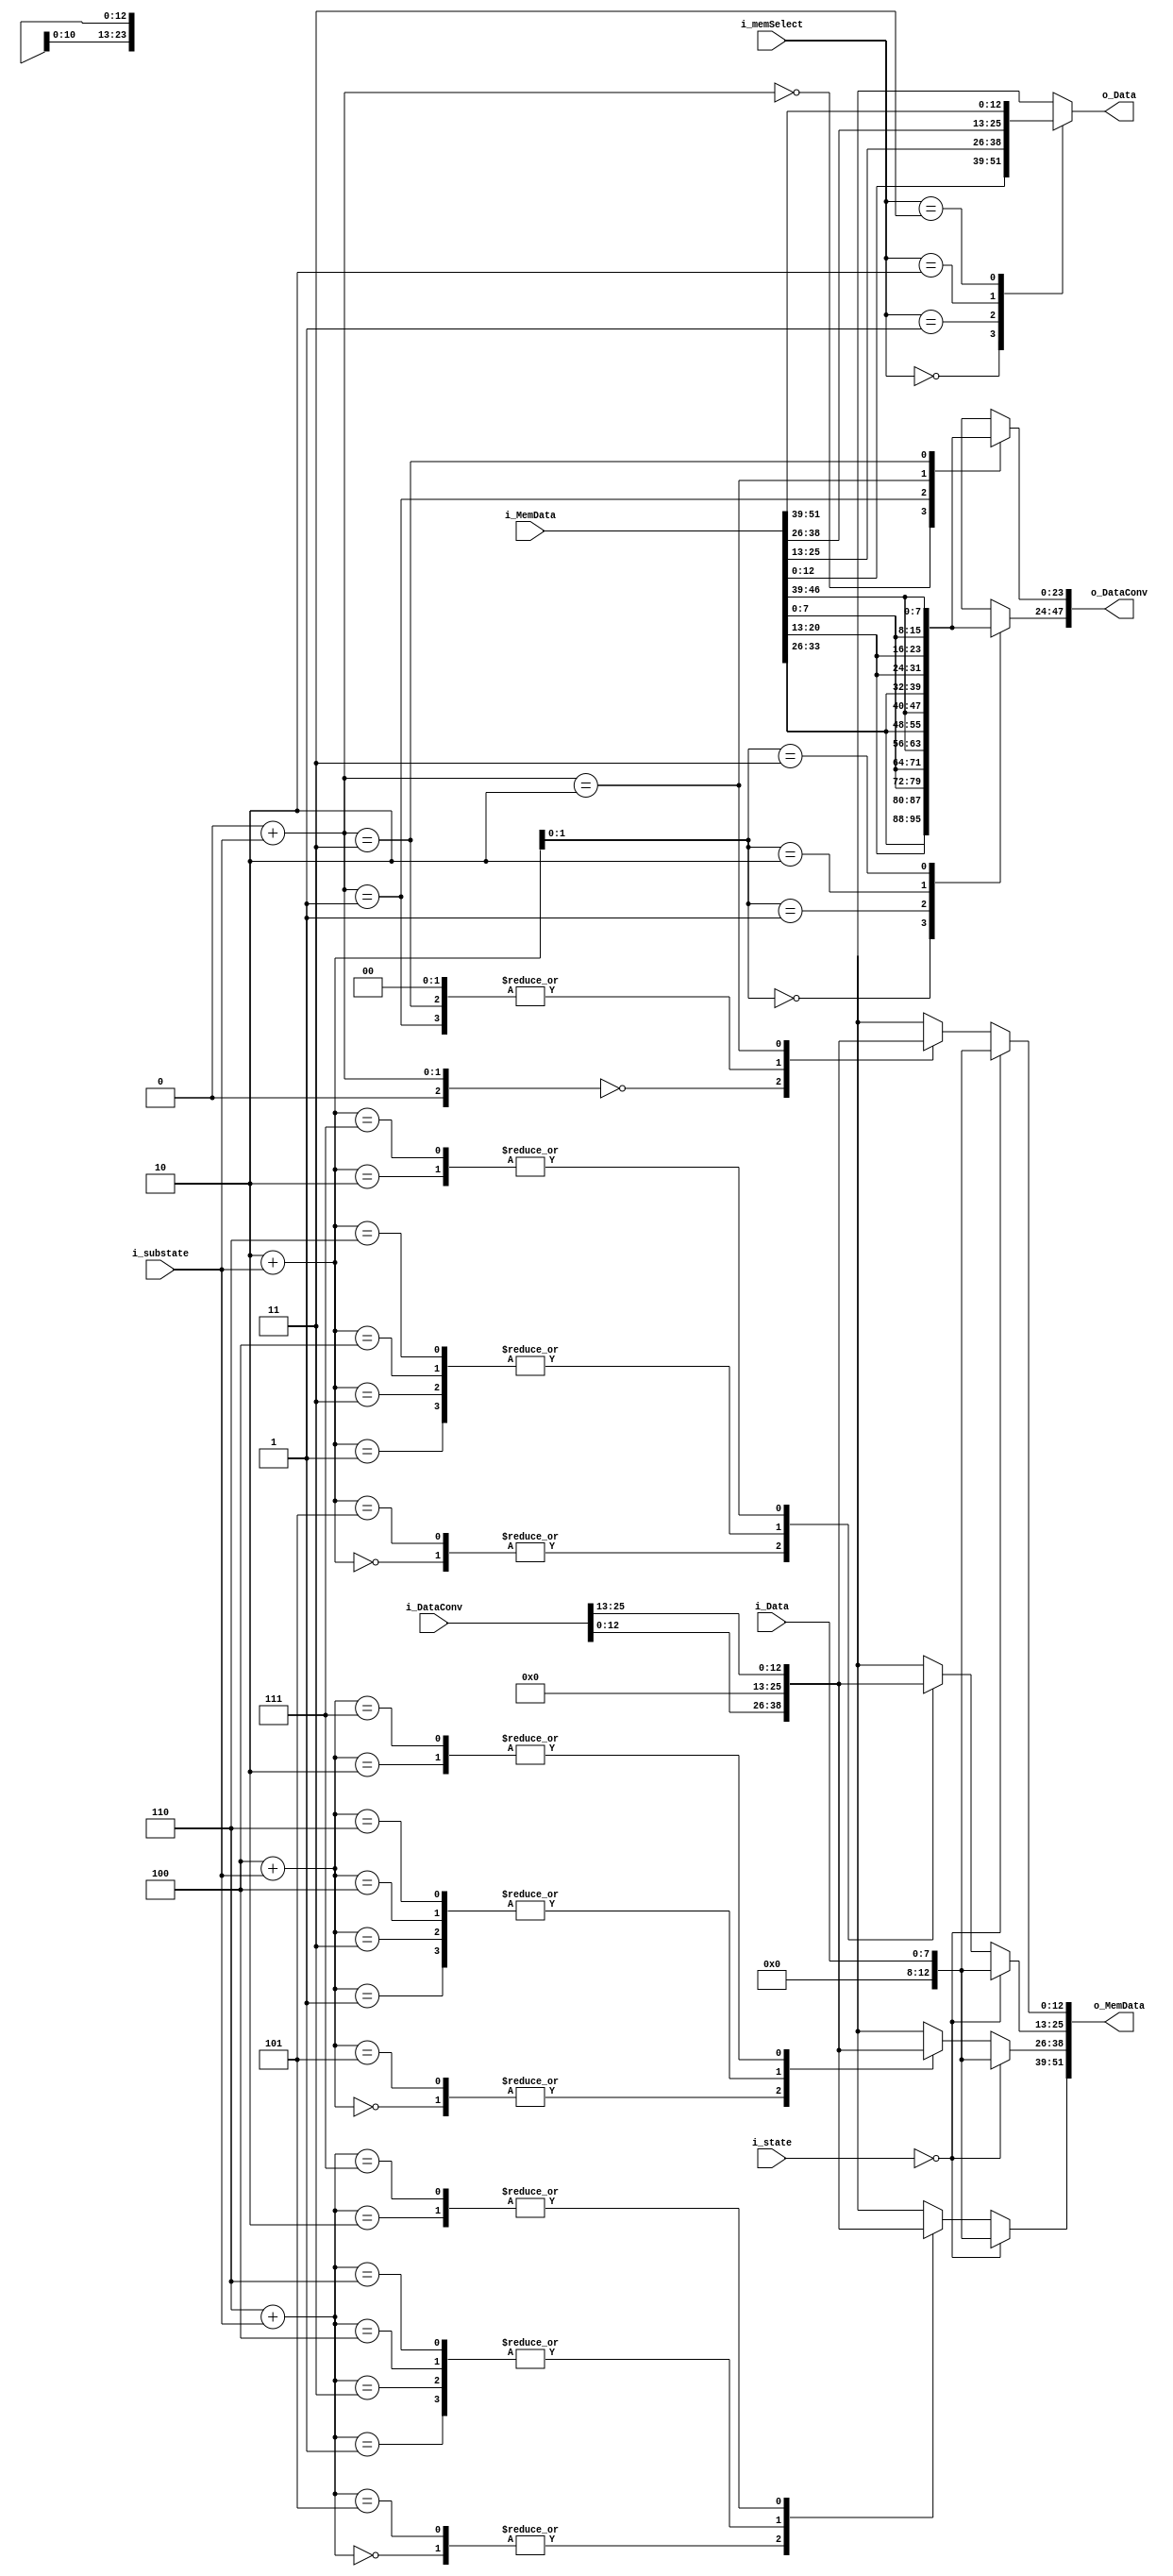
module MUX_ARRAY
    #(
      parameter N = 2,
      parameter BITS_IMAGEN = 8,
      parameter BITS_DATA = 13,
      parameter STATES = 3,
      localparam SUB = N/2 + 1 //para N par, numero de estados de direccionamiento de memoria
      )(
        input [N*BITS_DATA-1:0]      i_DataConv,
        input [(N+2)*BITS_DATA-1:0]  i_MemData,
        input [BITS_IMAGEN-1:0]      i_Data,

        input [clog2(STATES-1)-1:0]  i_state,
        input [clog2(N/2) - 1:0]     i_substate, //PARA N PAR
        input [clog2(N+1)-1:0]       i_memSelect, //Elige memoria para escribir / leer
        output [N*3*BITS_IMAGEN-1:0] o_DataConv,
        //output reg [3*N*BITS_IMAGEN-1:0] o_DataConv,
        output [(N+2)*BITS_DATA-1:0] o_MemData,
        output [BITS_DATA-1:0]       o_Data
    );
    
    wire [BITS_DATA-1:0]             to_memory [0:N+1];
    wire [3*BITS_IMAGEN-1:0]         to_conv [0:N-1];
    wire [3*BITS_IMAGEN-1:0]         to_inputmuxconv [0:N-1][0:2**(clog2(N/2))-1];
    
    wire [BITS_DATA-1:0]                         from_conv [0:N+1]; //dos de mas para las 2 memorias de mas
    wire [BITS_DATA-1:0]                         from_memory[0:N+1];
    wire [BITS_DATA-1:0]                         to_muxmem[0:N+1];
    wire [BITS_DATA-1:0]                         to_inputmuxmem [0:N+1][0:2**(clog2(N/2))-1];

    generate
        genvar                           x, z;
        //integer                          conv_ptr;
        for (x = 0; x < N+2; x = x+1) begin
            //Salida memoria
            for (z = 0; z <= {clog2(N/2){1'b1}}; z = z+1) begin
                if (z < N/2+1)
                    assign to_inputmuxmem[x][z] = from_conv[(2*z+x) % (N+2)];
                else
                    assign to_inputmuxmem[x][z] = {BITS_DATA{1'b0}};
            end
            assign to_muxmem[x] = to_inputmuxmem[x][i_substate];

            assign from_memory[x] = i_MemData[BITS_DATA*(x+1)-1 -: BITS_DATA];
            assign to_memory[x] = (i_state == 2'b00) ? {{(BITS_DATA-BITS_IMAGEN){1'b0}}, i_Data} : to_muxmem[x];
            assign o_MemData[BITS_DATA*(x+1)-1 -: BITS_DATA] = to_memory[x];

        end
        
    endgenerate
    

    generate
        genvar                           i;
        for (i = 0; i < N; i = i+1) begin
            genvar j;
            //Salida a convolucionador
            for (j = 0; j <= {clog2(N/2){1'b1}}; j = j+1) begin
                if(j < N/2+1)
                    assign to_inputmuxconv[i][j] = {
                                                    from_memory[(N*j+i+2) % (N+2)][BITS_IMAGEN-1:0],
                                                    from_memory[(N*j+i+1) % (N+2)][BITS_IMAGEN-1:0],
                                                    from_memory[(N*j+i) % (N+2)][BITS_IMAGEN-1:0]
                                                    };
                else
                    assign to_inputmuxconv[i][j] = {3*BITS_IMAGEN{1'b0}};
            end

            assign to_conv[i] = to_inputmuxconv[i][i_substate];
            assign from_conv[i] = i_DataConv[BITS_DATA*(i+1)-1 -: BITS_DATA];
            assign o_DataConv[3*BITS_IMAGEN*(i+1)-1 -: 3*BITS_IMAGEN] = to_conv[i];
        end
        assign from_conv[N] = {BITS_DATA{1'b0}};
        assign from_conv[N+1] = {BITS_DATA{1'b0}};
    endgenerate
    

    assign o_Data = from_memory[i_memSelect];

    function integer clog2;
        input integer depth;
        for (clog2=0; depth>0; clog2=clog2+1)
            depth = depth >> 1;
    endfunction

endmodule